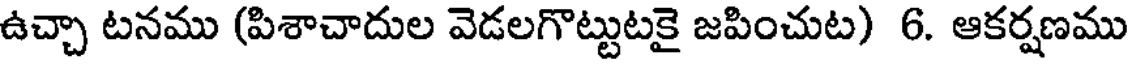
ఉచ్చా టనము (పిశాచాదుల వెడలగొట్టుటకై జపించుట) 6. ఆకర్షణము